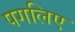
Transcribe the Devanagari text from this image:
पगलिए